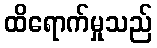
ထိရောက်မှုသည်